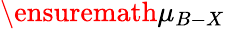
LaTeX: \ensuremath{\mu}_{B-X}